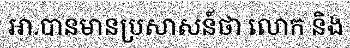
អា.បានមានប្រសាសន៍ថា លោក និង